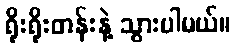
ရိုးရိုးတန်းနဲ့ သွားပါမယ်။